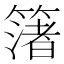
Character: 𮆑